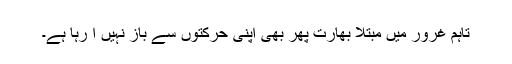
تاہم غرور میں مبتلا بھارت پھر بھی اپنی حرکتوں سے باز نہیں آ رہا ہے۔